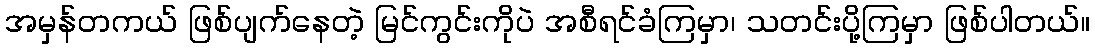
အမှန်တကယ် ဖြစ်ပျက်နေတဲ့ မြင်ကွင်းကိုပဲ အစီရင်ခံကြမှာ၊ သတင်းပို့ကြမှာ ဖြစ်ပါတယ်။